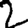
Digit: 2